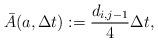
LaTeX: \begin{align*}\bar{A}(a,\Delta t ):=\frac{d_{i,j-1}}{4}\Delta t,\end{align*}